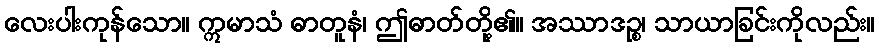
လေးပါးကုန်သော။ ဣမာသံ ဓာတူနံ၊ ဤဓာတ်တို့၏။ အဿာဒဉ္စ၊ သာယာခြင်းကိုလည်း။